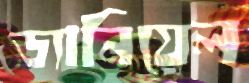
ড্যানিয়েল